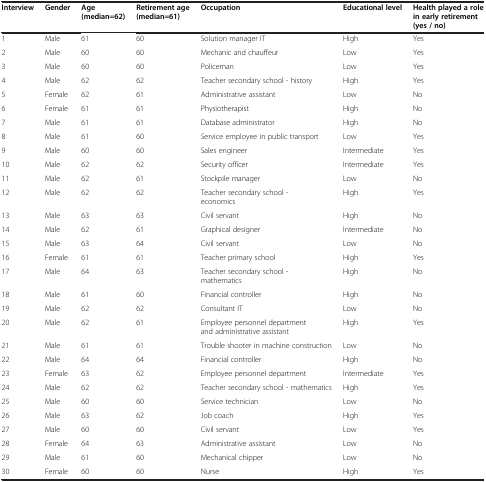
| Interview | Gender | Age (median=62) | Retirement age (median=61) | Occupation | Educational level | Health played a role in early retirement (yes / no) |
 | --- | --- | --- | --- | --- | --- | --- |
 | 1 | Male | 61 | 60 | Solution manager IT | High | Yes |
 | 2 | Male | 60 | 60 | Mechanic and chauffeur | Low | Yes |
 | 3 | Male | 60 | 60 | Policeman | Low | Yes |
 | 4 | Male | 62 | 62 | Teacher secondary school - history | High | Yes |
 | 5 | Female | 62 | 61 | Administrative assistant | Low | No |
 | 6 | Female | 61 | 61 | Physiotherapist | High | No |
 | 7 | Male | 61 | 61 | Database administrator | High | No |
 | 8 | Male | 61 | 60 | Service employee in public transport | Low | Yes |
 | 9 | Male | 60 | 60 | Sales engineer | Intermediate | Yes |
 | 10 | Male | 62 | 62 | Security officer | Intermediate | Yes |
 | 11 | Male | 62 | 61 | Stockpile manager | Low | No |
 | 12 | Male | 62 | 62 | Teacher secondary school - economics | High | Yes |
 | 13 | Male | 63 | 63 | Civil servant | High | No |
 | 14 | Male | 62 | 61 | Graphical designer | Intermediate | No |
 | 15 | Male | 63 | 64 | Civil servant | Low | No |
 | 16 | Female | 61 | 61 | Teacher primary school | High | Yes |
 | 17 | Male | 64 | 63 | Teacher secondary school - mathematics | High | No |
 | 18 | Male | 61 | 60 | Financial controller | High | No |
 | 19 | Male | 62 | 62 | Consultant IT | Low | No |
 | 20 | Male | 62 | 61 | Employee personnel department and administrative assistant | High | Yes |
 | 21 | Male | 61 | 61 | Trouble shooter in machine construction | Low | No |
 | 22 | Male | 64 | 64 | Financial controller | High | No |
 | 23 | Female | 63 | 62 | Employee personnel department | Intermediate | Yes |
 | 24 | Male | 62 | 62 | Teacher secondary school - mathematics | High | Yes |
 | 25 | Male | 60 | 60 | Service technician | Low | No |
 | 26 | Male | 63 | 62 | Job coach | High | Yes |
 | 27 | Male | 60 | 60 | Civil servant | Low | Yes |
 | 28 | Female | 64 | 63 | Administrative assistant | Low | No |
 | 29 | Male | 61 | 60 | Mechanical chipper | Low | No |
 | 30 | Female | 60 | 60 | Nurse | High | Yes |